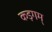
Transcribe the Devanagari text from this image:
कड़गम्‌